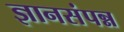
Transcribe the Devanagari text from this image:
ज्ञानसंपन्न